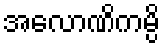
အလောဏိကမ္ပိ